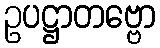
ဥပဋ္ဌာတဗ္ဗော